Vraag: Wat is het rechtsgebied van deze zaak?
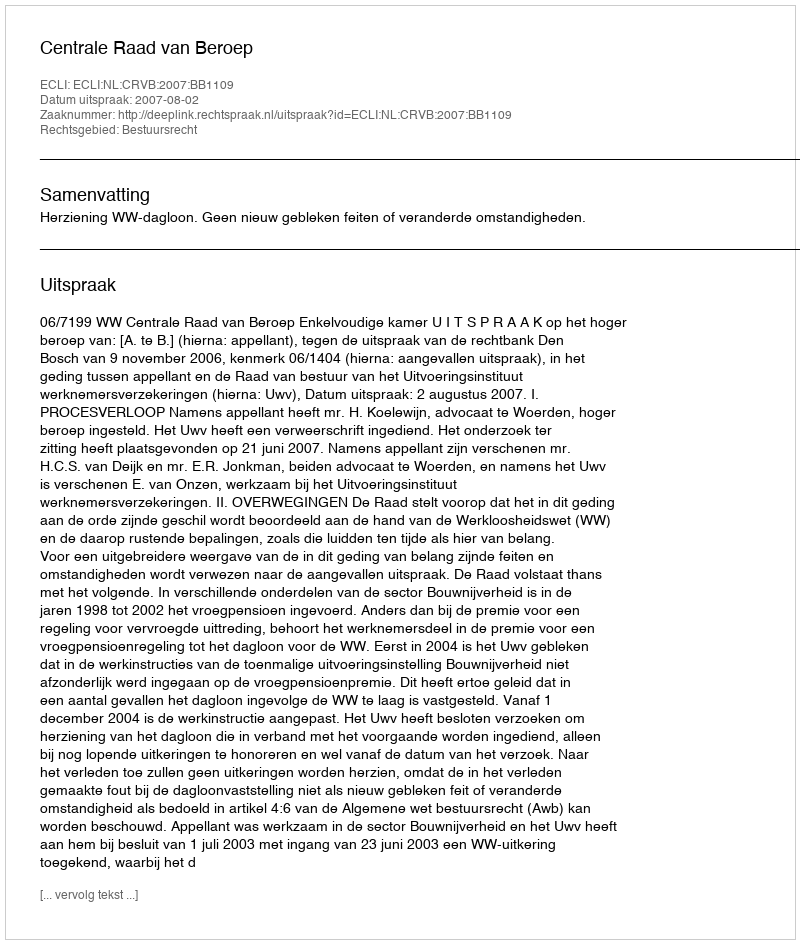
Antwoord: Bestuursrecht